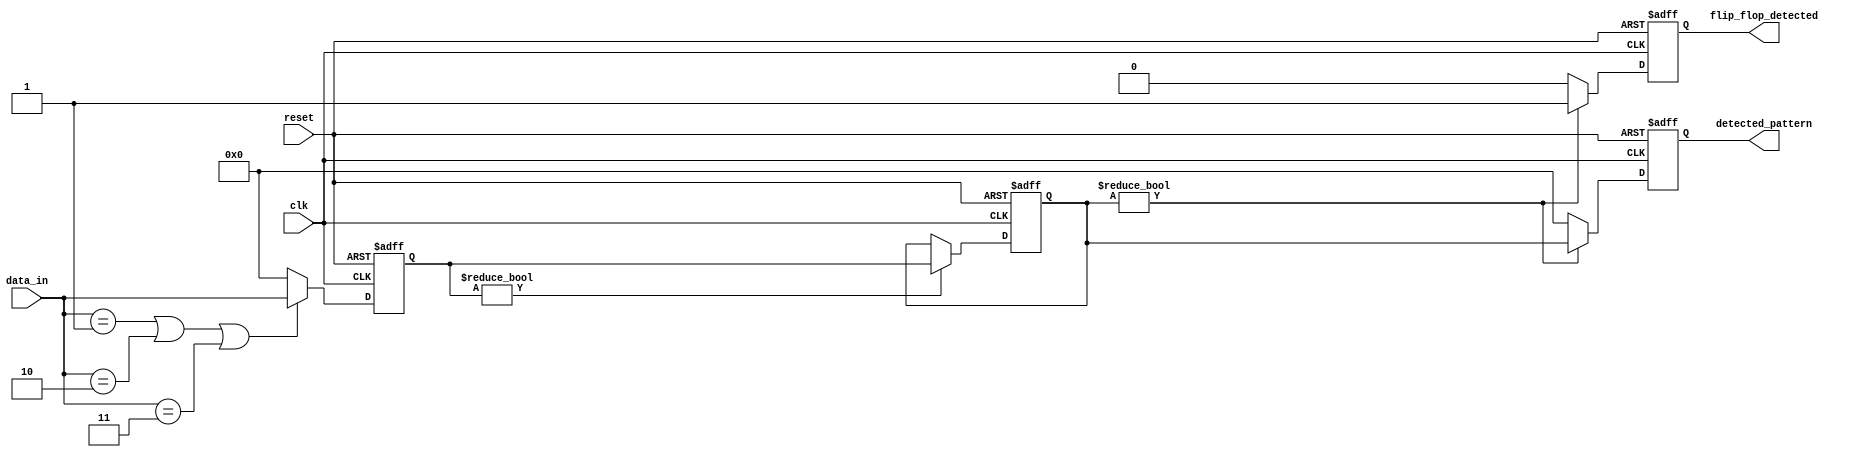
module flip_flop_detector (
    input wire clk,                  // Clock signal
    input wire reset,                // Reset signal
    input wire [7:0] data_in,        // Memory block data input (8 bits)
    output reg flip_flop_detected,   // Output signal indicating flip-flop presence
    output reg [7:0] detected_pattern // Output for detected patterns
);

// Internal signals
reg [7:0] pattern_stage1; // Stage 1 pattern detection
reg [7:0] pattern_stage2; // Stage 2 pattern detection

// Predefined flip-flop patterns
parameter FF_SET    = 8'b00000001; // Example pattern for set
parameter FF_RESET  = 8'b00000010; // Example pattern for reset
parameter FF_TOGGLE = 8'b00000011; // Example pattern for toggle

// Reset and clocking mechanism
always @(posedge clk or posedge reset) begin
    if (reset) begin
        flip_flop_detected <= 0;
        detected_pattern <= 8'b0;
        pattern_stage1 <= 8'b0;
        pattern_stage2 <= 8'b0;
    end else begin
        // Stage 1: Pattern recognition
        if (data_in == FF_SET || data_in == FF_RESET || data_in == FF_TOGGLE) begin
            pattern_stage1 <= data_in;
        end else begin
            pattern_stage1 <= 8'b0; // No pattern detected
        end

        // Stage 2: Cascaded detection logic
        if (pattern_stage1 != 8'b0) begin
            pattern_stage2 <= pattern_stage1; // Pass detected pattern to next stage
        end

        // Final detection logic
        if (pattern_stage2 != 8'b0) begin
            flip_flop_detected <= 1;
            detected_pattern <= pattern_stage2; // Store the detected pattern
        end else begin
            flip_flop_detected <= 0;
            detected_pattern <= 8'b0; // Clear detected pattern
        end
    end
end

endmodule